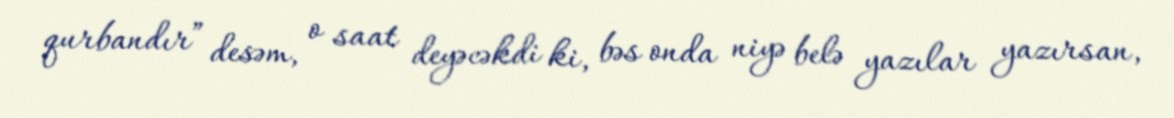
qurbandır” desəm, o saat deyəcəkdi ki, bəs onda niyə belə yazılar yazırsan,